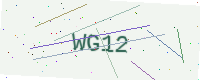
Text: WG12